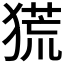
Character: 𤠤